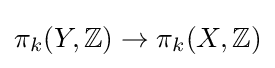
\pi _{k}(Y,\mathbb {Z} )\rightarrow \pi _{k}(X,\mathbb {Z} )